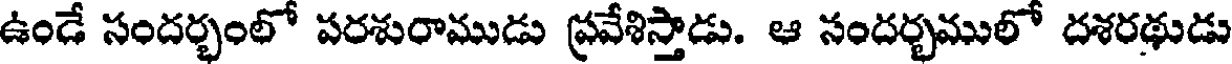
ఉండే సందర్భంలో పరశురాముడు ప్రవేశిస్తాడు. ఆ సందర్భములో దశరథుడు